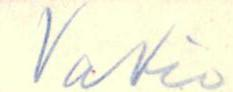
Vakio